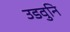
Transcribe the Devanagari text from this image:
उडवुनि